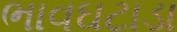
ભાવઘટાડા